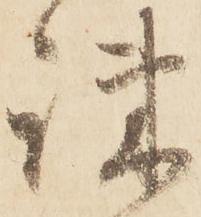
疎